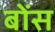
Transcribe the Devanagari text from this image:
बोंस